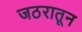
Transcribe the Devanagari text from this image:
जठरातून